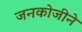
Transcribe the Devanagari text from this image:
जनकोजीने